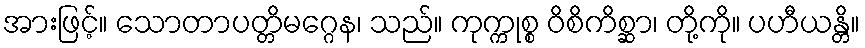
အားဖြင့်။ သောတာပတ္တိမဂ္ဂေန၊ သည်။ ကုက္ကုစ္စ ဝိစိကိစ္ဆာ၊ တို့ကို။ ပဟီယန္တိ။